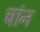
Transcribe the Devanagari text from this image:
चांन